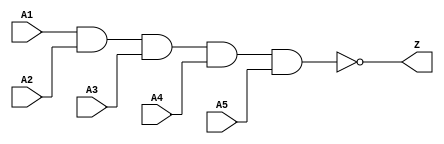
module Nand5 (A1,A2,A3,A4,A5,Z);

input A1,A2,A3,A4,A5;
output Z;

assign Z = (~(A1 & A2 & A3 & A4 & A5));

endmodule